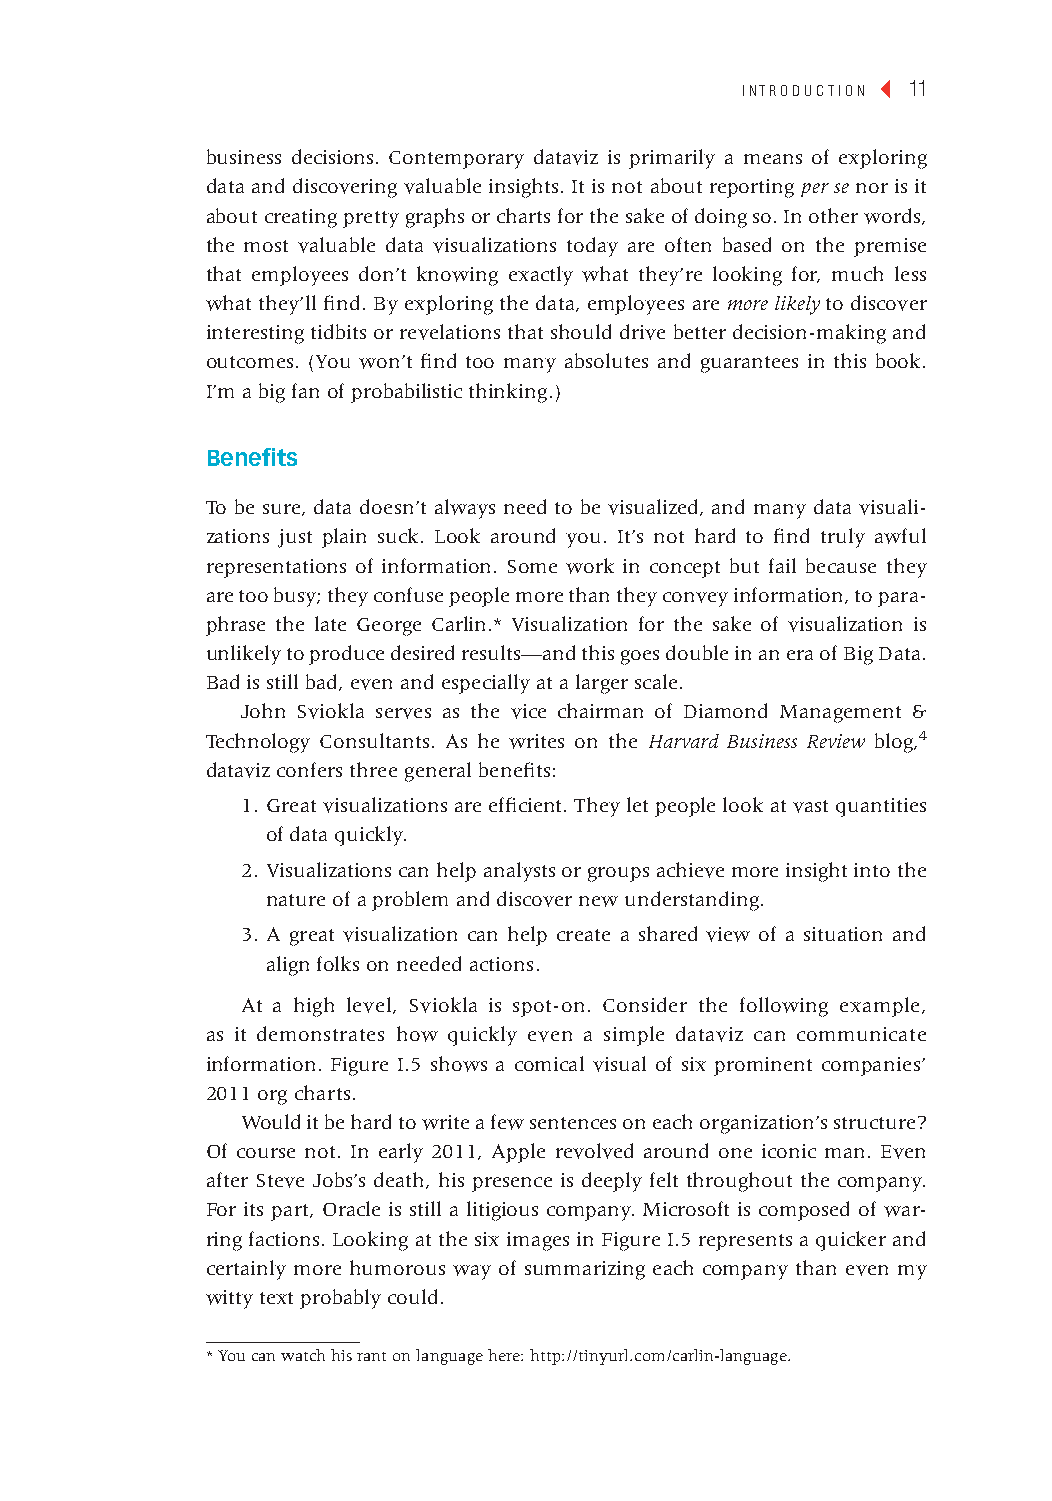
introduction ◂ 11
 business decisions. Contemporary dataviz is primarily a means of exploring
 data and discovering valuable insights. It is not about reporting per se nor is it
 about creating pretty graphs or charts for the sake of doing so. In other words,
 the most valuable data visualizations today are often based on the premise
 that employees don’t knowing exactly what they’re looking for, much less
 what they’ll find. By exploring the data, employees are more likely to discover
 interesting tidbits or revelations that should drive better decision-making and
 outcomes. (You won’t find too many absolutes and guarantees in this book.
 I’m a big fan of probabilistic thinking.)
 Benefits
 To be sure, data doesn’t always need to be visualized, and many data visuali-
 zations just plain suck. Look around you. It’s not hard to find truly awful
 representations of information. Some work in concept but fail because they
 are too busy; they confuse people more than they convey information, to para-
 phrase the late George Carlin.* Visualization for the sake of visualization is
 unlikely to produce desired results—and this goes double in an era of Big Data.
 Bad is still bad, even and especially at a larger scale.
 John Sviokla serves as the vice chairman of Diamond Management &
 Technology Consultants. As he writes on the Harvard Business Review blog,4
 dataviz confers three general benefits:
 1. Great visualizations are efficient. They let people look at vast quantities
 of data quickly.
 2. Visualizations can help analysts or groups achieve more insight into the
 nature of a problem and discover new understanding.
 3. A great visualization can help create a shared view of a situation and
 align folks on needed actions.
 At a high level, Sviokla is spot-on. Consider the following example,
 as it demonstrates how quickly even a simple dataviz can communicate
 information. Figure I.5 shows a comical visual of six prominent companies’
 2011 org charts.
 Would it be hard to write a few sentences on each organization’s structure?
 Of course not. In early 2011, Apple revolved around one iconic man. Even
 after Steve Jobs’s death, his presence is deeply felt throughout the company.
 For its part, Oracle is still a litigious company. Microsoft is composed of war-
 ring factions. Looking at the six images in Figure I.5 represents a quicker and
 certainly more humorous way of summarizing each company than even my
 witty text probably could.
 * You can watch his rant on language here: http://tinyurl.com/carlin-language.
 cintro 11                                                 January 28, 2014 9:50 PM